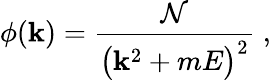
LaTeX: \phi({\mathbf k})={\frac{\cal N}{\bigl({\mathbf k}^{2}+mE\bigr)^{2}}}\; ,